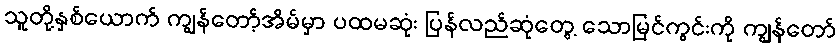
သူတို့နှစ်ယောက် ကျွန်တော့်အိမ်မှာ ပထမဆုံး ပြန်လည်ဆုံတွေ့ သောမြင်ကွင်းကို ကျွန်တော်